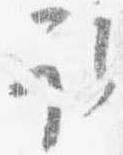
取